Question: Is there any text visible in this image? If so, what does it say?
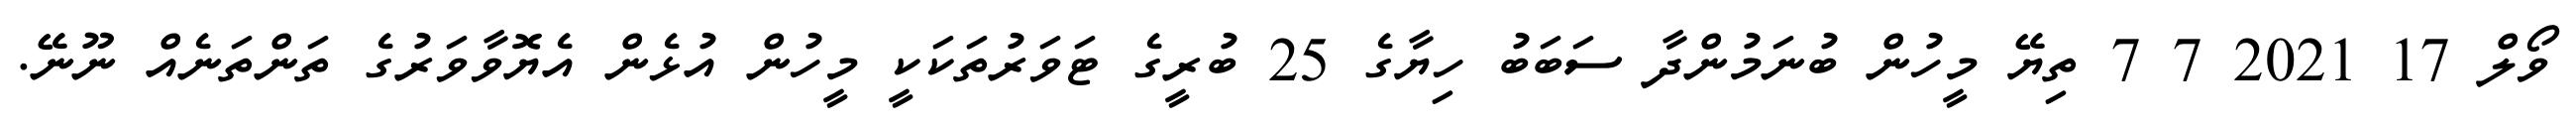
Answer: ވޯލް 17 2021 7 7 ތިޔޭ މީހުން ބުނަމުންދާ ސަބަބު ހިޔާގެ 25 ބުރީގެ ޓަވަރުތަކަކީ މީހުން އުޅެން އެޔޮވާވަރުގެ ތަންތަނެއް ނޫނޭ.